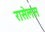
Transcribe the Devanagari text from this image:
रासेलस